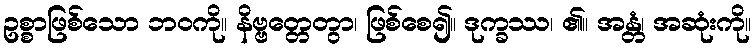
ဥစ္စာဖြစ်သော ဘဝကို။ နိဗ္ဗတ္တေတွာ၊ ဖြစ်စေ၍။ ဒုက္ခဿ၊ ၏။ အန္တံ၊ အဆုံးကို။